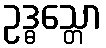
ဥဒ္ဓသ္တော